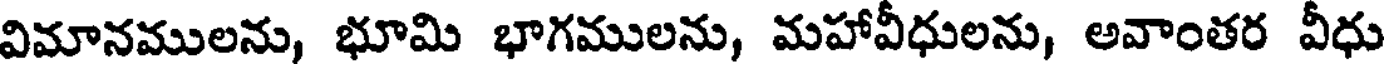
విమానములను, భూమి భాగములను, మహావీధులను, అవాంతర వీధు